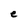
Character: e